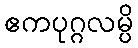
ဧကပုဂ္ဂလမ္ပိ